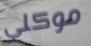
موكلى